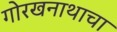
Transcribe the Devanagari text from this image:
गोरखनाथाचा